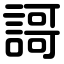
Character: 謌